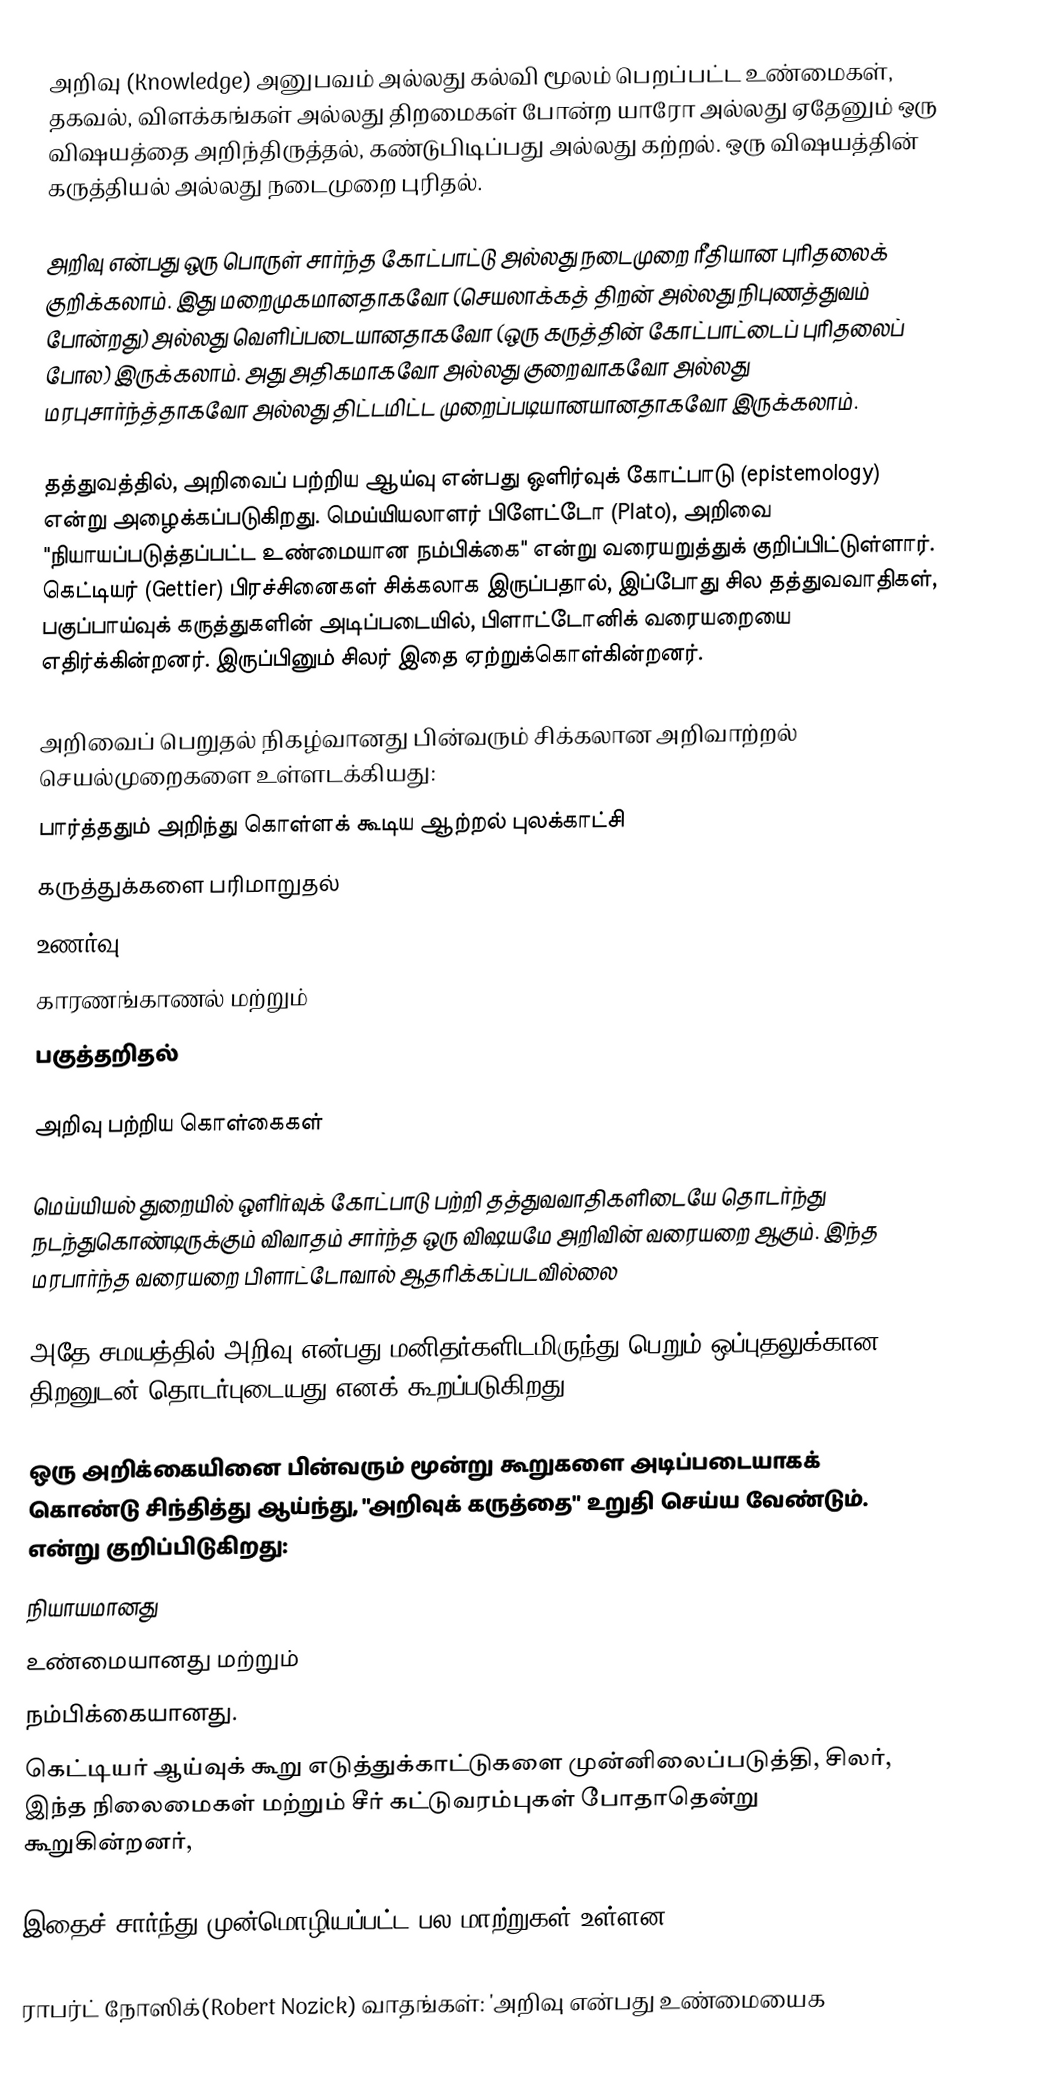
அறிவு (Knowledge) அனுபவம் அல்லது கல்வி மூலம் பெறப்பட்ட உண்மைகள், தகவல், விளக்கங்கள் அல்லது திறமைகள் போன்ற யாரோ அல்லது ஏதேனும் ஒரு விஷயத்தை அறிந்திருத்தல், கண்டுபிடிப்பது அல்லது கற்றல். ஒரு விஷயத்தின் கருத்தியல் அல்லது நடைமுறை புரிதல்.

அறிவு என்பது ஒரு பொருள் சார்ந்த கோட்பாட்டு அல்லது நடைமுறை ரீதியான புரிதலைக் குறிக்கலாம். இது மறைமுகமானதாகவோ (செயலாக்கத் திறன் அல்லது நிபுணத்துவம் போன்றது) அல்லது வெளிப்படையானதாகவோ (ஒரு கருத்தின் கோட்பாட்டைப் புரிதலைப் போல) இருக்கலாம்.  அது அதிகமாகவோ அல்லது குறைவாகவோ அல்லது மரபுசார்ந்த்தாகவோ  அல்லது திட்டமிட்ட முறைப்படியானயானதாகவோ இருக்கலாம்.

தத்துவத்தில், அறிவைப் பற்றிய ஆய்வு என்பது ஒளிர்வுக் கோட்பாடு (epistemology) என்று அழைக்கப்படுகிறது.  மெய்யியலாளர் பிளேட்டோ (Plato), அறிவை "நியாயப்படுத்தப்பட்ட உண்மையான நம்பிக்கை" என்று வரையறுத்துக் குறிப்பிட்டுள்ளார்.  கெட்டியர் (Gettier) பிரச்சினைகள் சிக்கலாக இருப்பதால், இப்போது  சில தத்துவவாதிகள், பகுப்பாய்வுக்  கருத்துகளின் அடிப்படையில், பிளாட்டோனிக் வரையறையை எதிர்க்கின்றனர். இருப்பினும் சிலர் இதை ஏற்றுக்கொள்கின்றனர்.

அறிவைப் பெறுதல் நிகழ்வானது பின்வரும் சிக்கலான அறிவாற்றல் செயல்முறைகளை உள்ளடக்கியது:
 பார்த்ததும் அறிந்து கொள்ளக் கூடிய ஆற்றல் புலக்காட்சி
 கருத்துக்களை பரிமாறுதல் 
 உணர்வு,
 காரணங்காணல் மற்றும்
 பகுத்தறிதல்

அறிவு பற்றிய கொள்கைகள்

மெய்யியல் துறையில் ஒளிர்வுக் கோட்பாடு பற்றி தத்துவவாதிகளிடையே தொடர்ந்து நடந்துகொண்டிருக்கும் விவாதம் சார்ந்த ஒரு விஷயமே அறிவின் வரையறை ஆகும். இந்த மரபார்ந்த  வரையறை பிளாட்டோவால் ஆதரிக்கப்படவில்லை

அதே சமயத்தில் அறிவு என்பது மனிதர்களிடமிருந்து பெறும் ஒப்புதலுக்கான திறனுடன் தொடர்புடையது எனக் கூறப்படுகிறது.

ஒரு அறிக்கையினை பின்வரும் மூன்று கூறுகளை அடிப்படையாகக் கொண்டு சிந்தித்து ஆய்ந்து, "அறிவுக் கருத்தை" உறுதி செய்ய வேண்டும்.  என்று குறிப்பிடுகிறது:
 நியாயமானது
 உண்மையானது மற்றும்
 நம்பிக்கையானது.
கெட்டியர் ஆய்வுக் கூறு எடுத்துக்காட்டுகளை முன்னிலைப்படுத்தி,  சிலர், இந்த நிலைமைகள் மற்றும்  சீர் கட்டுவரம்புகள்  போதாதென்று கூறுகின்றனர்,

இதைச் சார்ந்து முன்மொழியப்பட்ட பல மாற்றுகள் உள்ளன.

 ராபர்ட் நோஸிக்(Robert Nozick) வாதங்கள்: 'அறிவு என்பது உண்மையைக